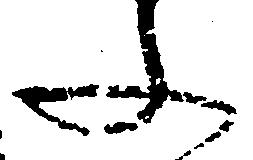
文